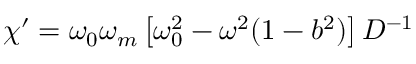
\chi ^ { \prime } = \omega _ { 0 } \omega _ { m } \left[ \omega _ { 0 } ^ { 2 } - \omega ^ { 2 } ( 1 - b ^ { 2 } ) \right] D ^ { - 1 }